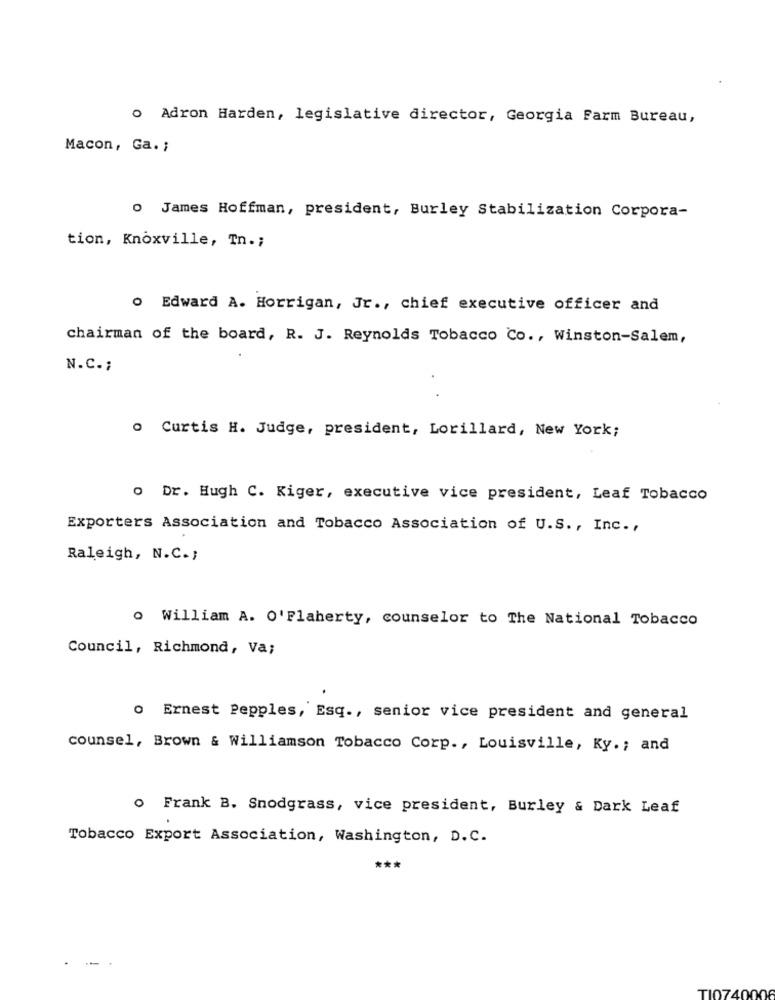
o Adron Harden, legislative director, Georgia Farm Bureau,
Macon, Ga. ;
O James Hoffman, president, Burley Stabilization Corpora-
tion, Knoxville, Tn .;
o Edward A. Horrigan, Jr ., chief executive officer and
chairman of the board, R. J. Reynolds Tobacco Co ., Winston-Salem,
N.C .;
o Curtis H. Judge, president, Lorillard, New York;
o Dr. Hugh C. Kiger, executive vice president, Leaf Tobacco
Exporters Association and Tobacco Association of U.S ., Inc .,
Raleigh, N.C .;
o William A. O'Flaherty, counselor to The National Tobacco
Council, Richmond, Va;
o Ernest Pepples, Esq ., senior vice president and general
counsel, Brown & Williamson Tobacco Corp ., Louisville, Ky .; and
o Frank B. Snodgrass, vice president, Burley & Dark Leaf
Tobacco Export Association, Washington, D.C.
***
TI0740